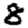
Digit: 8